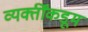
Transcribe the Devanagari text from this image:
व्यक्तींकडूम